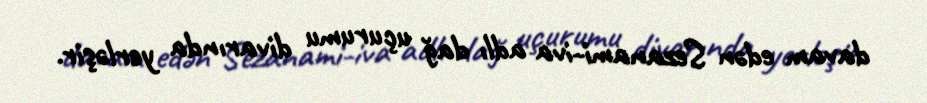
davam edən Sezanami-iva adlı dağ uçurumu divarında yerləşir.